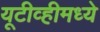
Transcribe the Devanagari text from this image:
यूटीव्हीमध्ये